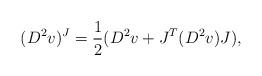
LaTeX: \begin{align*} (D^2v)^J = \frac{1}{2} (D^2v + J^T (D^2v) J),\end{align*}